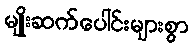
မျိုးဆက်ပေါင်းများစွာ